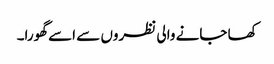
کھا جانے والی نظروں سے اسے گھورا۔